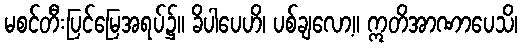
မစင်တီးပြင်မြေအရပ်၌။ ခိပါပေဟိ၊ ပစ်ချလော့။ ဣတိအာဏာပေသိ၊